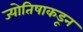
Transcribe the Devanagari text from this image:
ज्योतिषाकडून